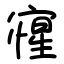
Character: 㝭